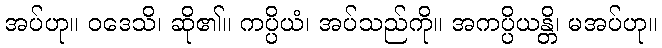
အပ်ဟု။ ဝဒေသိ၊ ဆို၏။ ကပ္ပိယံ၊ အပ်သည်ကို။ အကပ္ပိယန္တိ၊ မအပ်ဟု။